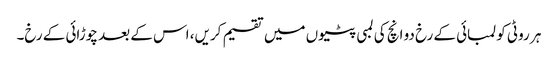
ہر روٹی کو لمبائی کے رخ دو انچ کی لمبی پٹیوں میں تقسیم کریں، اس کے بعد چوڑائی کے رخ۔